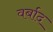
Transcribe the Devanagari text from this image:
वर्बाद